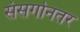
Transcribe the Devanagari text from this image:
संसर्गानतर